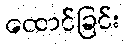
ထောင်ခြင်း